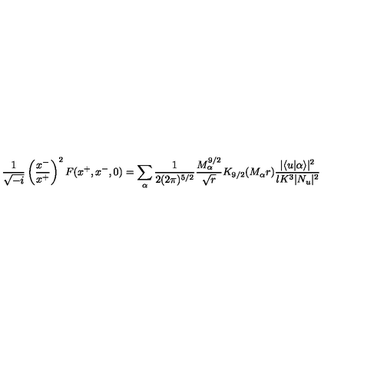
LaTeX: \frac { 1 } { \sqrt { - i } } \left( \frac { x ^ { - } } { x ^ { + } } \right) ^ { 2 } F ( x ^ { + } , x ^ { - } , 0 ) = \sum _ { \alpha } \frac { 1 } { 2 ( 2 \pi ) ^ { 5 / 2 } } \frac { M _ { \alpha } ^ { 9 / 2 } } { \sqrt { r } } K _ { 9 / 2 } ( M _ { \alpha } r ) \frac { | \langle u | \alpha \rangle | ^ { 2 } } { l K ^ { 3 } | N _ { u } | ^ { 2 } }